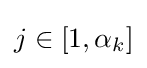
j\in [1,\alpha _{k}]